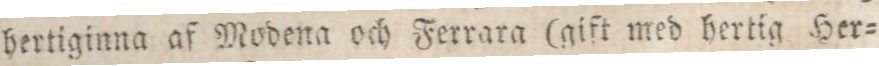
hertiginna af Modena och Ferrara (gift med hertig Her=